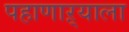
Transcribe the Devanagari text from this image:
पहाणाऱ्याला